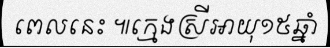
ពេលនេះ ៕ក្មេងស្រីអាយុ១៥ឆ្នាំ